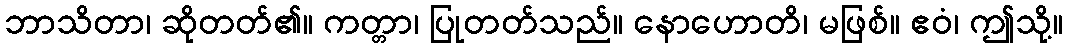
ဘာသိတာ၊ ဆိုတတ်၏။ ကတ္တာ၊ ပြုတတ်သည်။ နောဟောတိ၊ မဖြစ်။ ဧဝံ၊ ဤသို့။